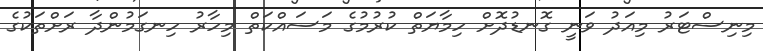
މިނިސްޓަރު މިއަދު ވަނީ ގޮނޑުދޮށް ހިމާޔަތް ކުރުމުގެ މަސައްކަތް މިހާރު ހިނގަމުންދާ ރަށްތަކުގެ